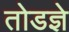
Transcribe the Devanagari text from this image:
तोडज्ञे